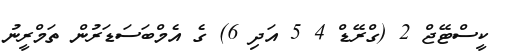
ކީސްޓޭޖް 2 (ގްރޭޑް 4 5 އަދި 6) ގެ އެމްބަސަޑަރުން ތަމްރީނު